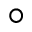
^ { \circ }